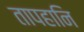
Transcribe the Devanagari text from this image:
तापहानि